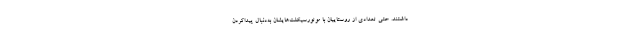
داشتند. حتی تعدادی از روستاییان با موتورسیکلت‌هایشان به‌دنبال پیداکردن